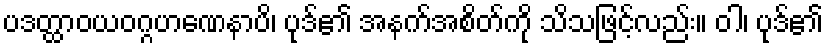
ပဒတ္ထာဝယဝဂ္ဂဟဏေနာပိ၊ ပုဒ်၏ အနက်အစိတ်ကို သိသဖြင့်လည်း။ ဝါ၊ ပုဒ်၏